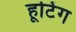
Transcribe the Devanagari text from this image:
हूटिंग